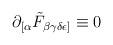
LaTeX: \begin{align*}\partial_{[\alpha}\tilde{F}_{\beta\gamma\delta\epsilon ]} \equiv 0\end{align*}